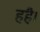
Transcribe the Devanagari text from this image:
हहै।